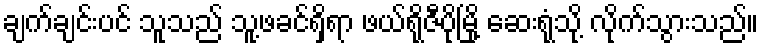
ချက်ချင်းပင် သူသည် သူ့ဖခင်ရှိရာ ဖယ်ရိုဇီပိုမြို့ ဆေးရုံသို့ လိုက်သွားသည်။